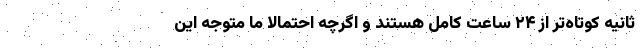
ثانیه کوتاه‌تر از ۲۴ ساعت کامل هستند و اگرچه احتمالاً ما متوجه این